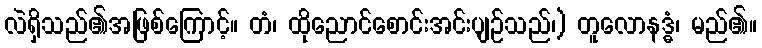
လဲရှိသည်၏အဖြစ်ကြောင့်။ တံ၊ ထိုညောင်စောင်းအင်းပျဉ်သည်၊) တူလောနဒ္ဓံ၊ မည်၏။